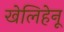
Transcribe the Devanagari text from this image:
खेलिहेनू